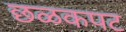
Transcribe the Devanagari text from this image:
छळकपट